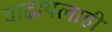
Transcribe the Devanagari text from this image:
वाढायलाही